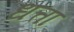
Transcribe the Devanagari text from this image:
धत्ता